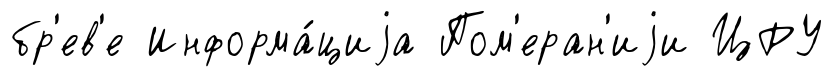
бр'ев'е Информа́циjа Пом'еран'иjи ЦРУ